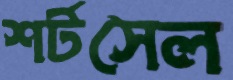
শর্টসেল